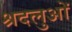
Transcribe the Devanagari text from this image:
श्रदलुओं